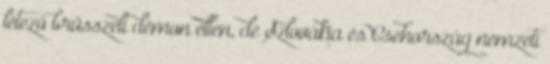
létező brüsszeli démon ellen, de Szlovákia és Csehország nemzeti